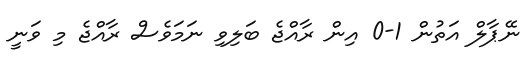
ނޭޕާލް އަތުން 1-0 އިން ރާއްޖެ ބަލިވި ނަމަވެސް ރާއްޖެ މި ވަނީ